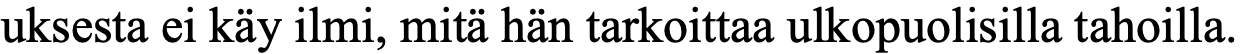
uksesta ei käy ilmi, mitä hän tarkoittaa ulkopuolisilla tahoilla.